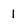
Character: 1